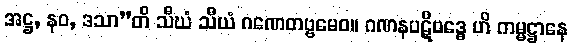
အဋ္ဌ, နဝ, ဒသာ”တိ သီဃံ သီယံ ဂဏေတဗ္ဗမေဝ။ ဂဏနပဋိဗဒ္ဓေ ဟိ ကမ္မဋ္ဌာနေ